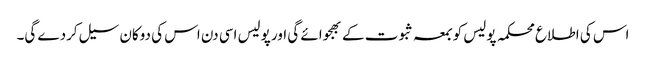
اس کی اطلاع محکمہ پولیس کو بمعہ ثبوت کے بھجوائے گی اور پولیس اسی دن اس کی دوکان سیل کردے گی۔